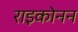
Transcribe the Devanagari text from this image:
राइकोनन